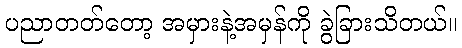
ပညာတတ်တော့ အမှားနဲ့အမှန်ကို ခွဲခြားသိတယ်။